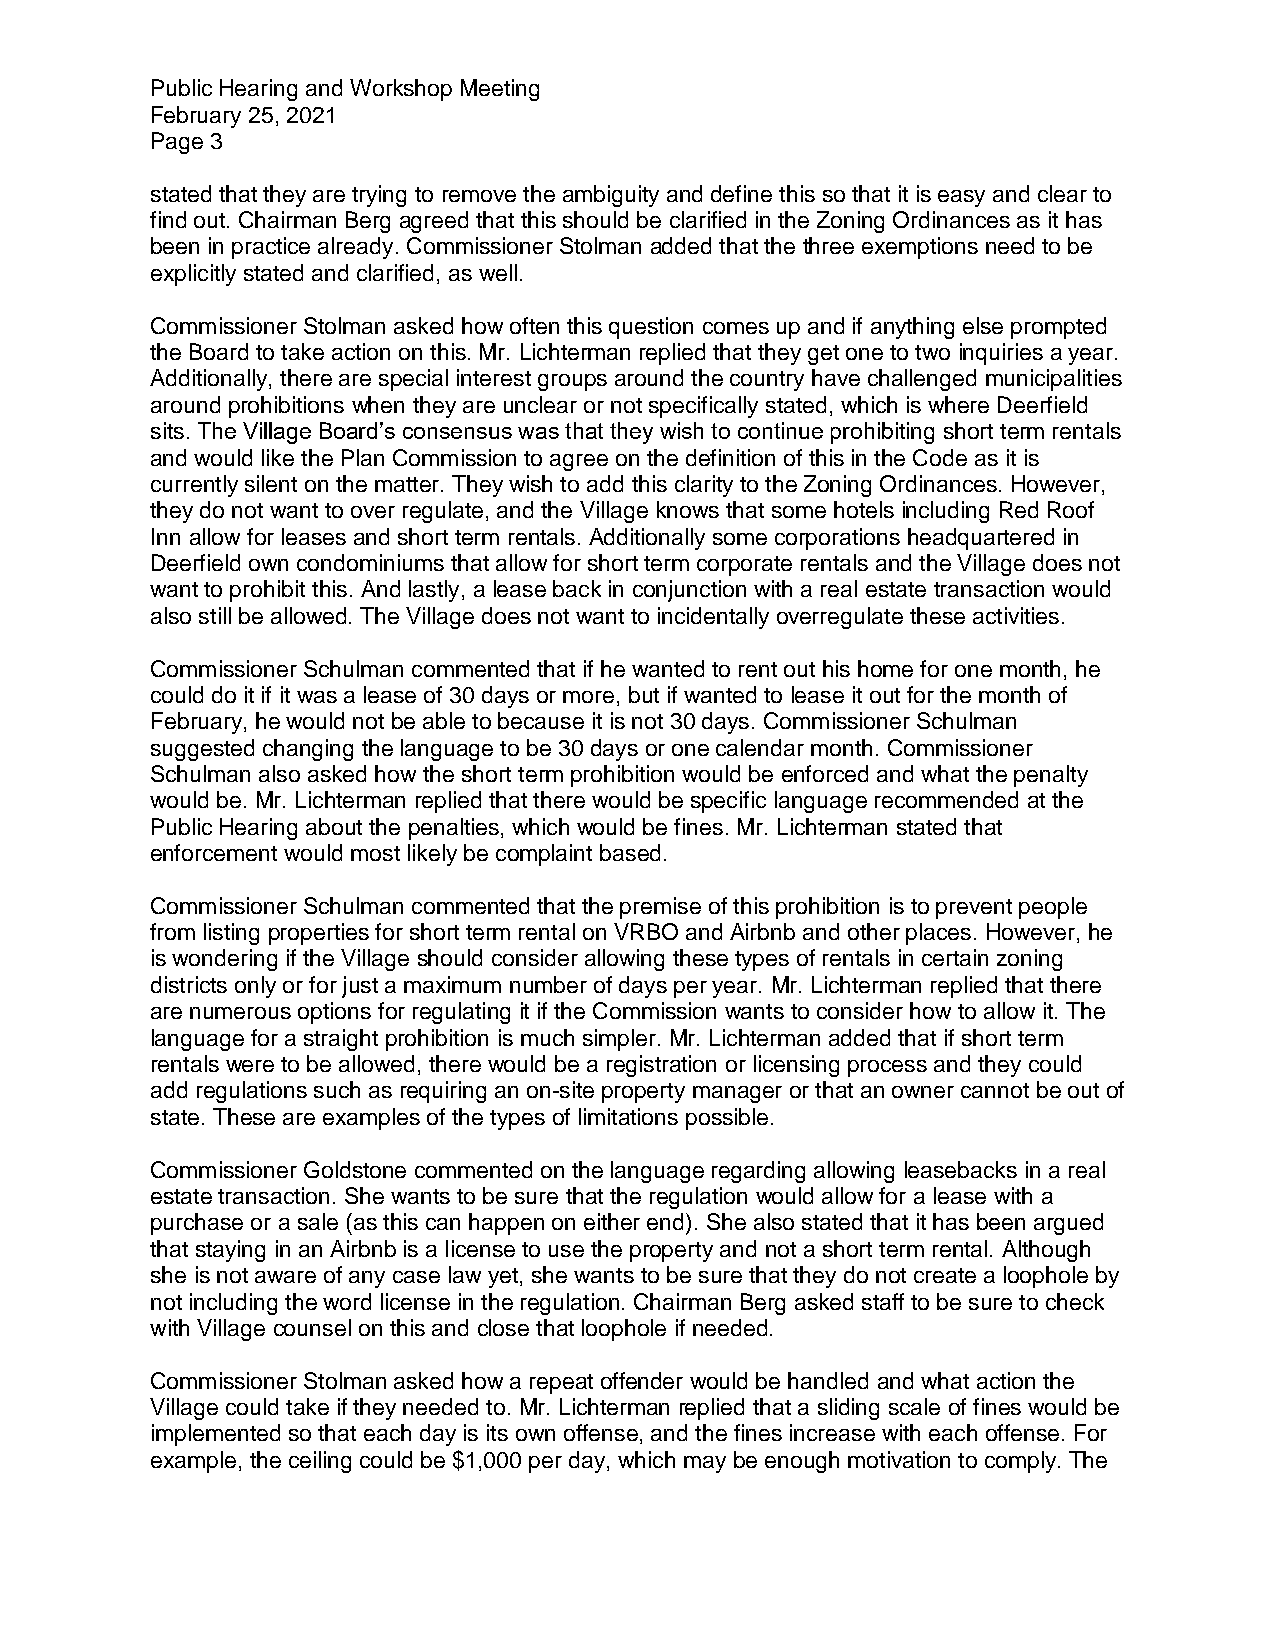
Public Hearing and Workshop Meeting
 February 25, 2021
 Page 3
 stated that they are trying to remove the ambiguity and define this so that it is easy and clear to
 find out. Chairman Berg agreed that this should be clarified in the Zoning Ordinances as it has
 been in practice already. Commissioner Stolman added that the three exemptions need to be
 explicitly stated and clarified, as well.
 Commissioner Stolman asked how often this question comes up and if anything else prompted
 the Board to take action on this. Mr. Lichterman replied that they get one to two inquiries a year.
 Additionally, there are special interest groups around the country have challenged municipalities
 around prohibitions when they are unclear or not specifically stated, which is where Deerfield
 sits. The Village Board’s consensus was that they wish to continue prohibiting short term rentals
 and would like the Plan Commission to agree on the definition of this in the Code as it is
 currently silent on the matter. They wish to add this clarity to the Zoning Ordinances. However,
 they do not want to over regulate, and the Village knows that some hotels including Red Roof
 Inn allow for leases and short term rentals. Additionally some corporations headquartered in
 Deerfield own condominiums that allow for short term corporate rentals and the Village does not
 want to prohibit this. And lastly, a lease back in conjunction with a real estate transaction would
 also still be allowed. The Village does not want to incidentally overregulate these activities.
 Commissioner Schulman commented that if he wanted to rent out his home for one month, he
 could do it if it was a lease of 30 days or more, but if wanted to lease it out for the month of
 February, he would not be able to because it is not 30 days. Commissioner Schulman
 suggested changing the language to be 30 days or one calendar month. Commissioner
 Schulman also asked how the short term prohibition would be enforced and what the penalty
 would be. Mr. Lichterman replied that there would be specific language recommended at the
 Public Hearing about the penalties, which would be fines. Mr. Lichterman stated that
 enforcement would most likely be complaint based.
 Commissioner Schulman commented that the premise of this prohibition is to prevent people
 from listing properties for short term rental on VRBO and Airbnb and other places. However, he
 is wondering if the Village should consider allowing these types of rentals in certain zoning
 districts only or for just a maximum number of days per year. Mr. Lichterman replied that there
 are numerous options for regulating it if the Commission wants to consider how to allow it. The
 language for a straight prohibition is much simpler. Mr. Lichterman added that if short term
 rentals were to be allowed, there would be a registration or licensing process and they could
 add regulations such as requiring an on-site property manager or that an owner cannot be out of
 state. These are examples of the types of limitations possible.
 Commissioner Goldstone commented on the language regarding allowing leasebacks in a real
 estate transaction. She wants to be sure that the regulation would allow for a lease with a
 purchase or a sale (as this can happen on either end). She also stated that it has been argued
 that staying in an Airbnb is a license to use the property and not a short term rental. Although
 she is not aware of any case law yet, she wants to be sure that they do not create a loophole by
 not including the word license in the regulation. Chairman Berg asked staff to be sure to check
 with Village counsel on this and close that loophole if needed.
 Commissioner Stolman asked how a repeat offender would be handled and what action the
 Village could take if they needed to. Mr. Lichterman replied that a sliding scale of fines would be
 implemented so that each day is its own offense, and the fines increase with each offense. For
 example, the ceiling could be $1,000 per day, which may be enough motivation to comply. The